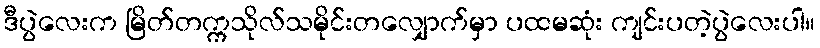
ဒီပွဲလေးက မြိတ်တက္ကသိုလ်သမိုင်းတလျှောက်မှာ ပထမဆုံး ကျင်းပတဲ့ပွဲလေးပါ။